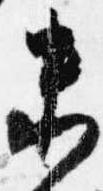
未